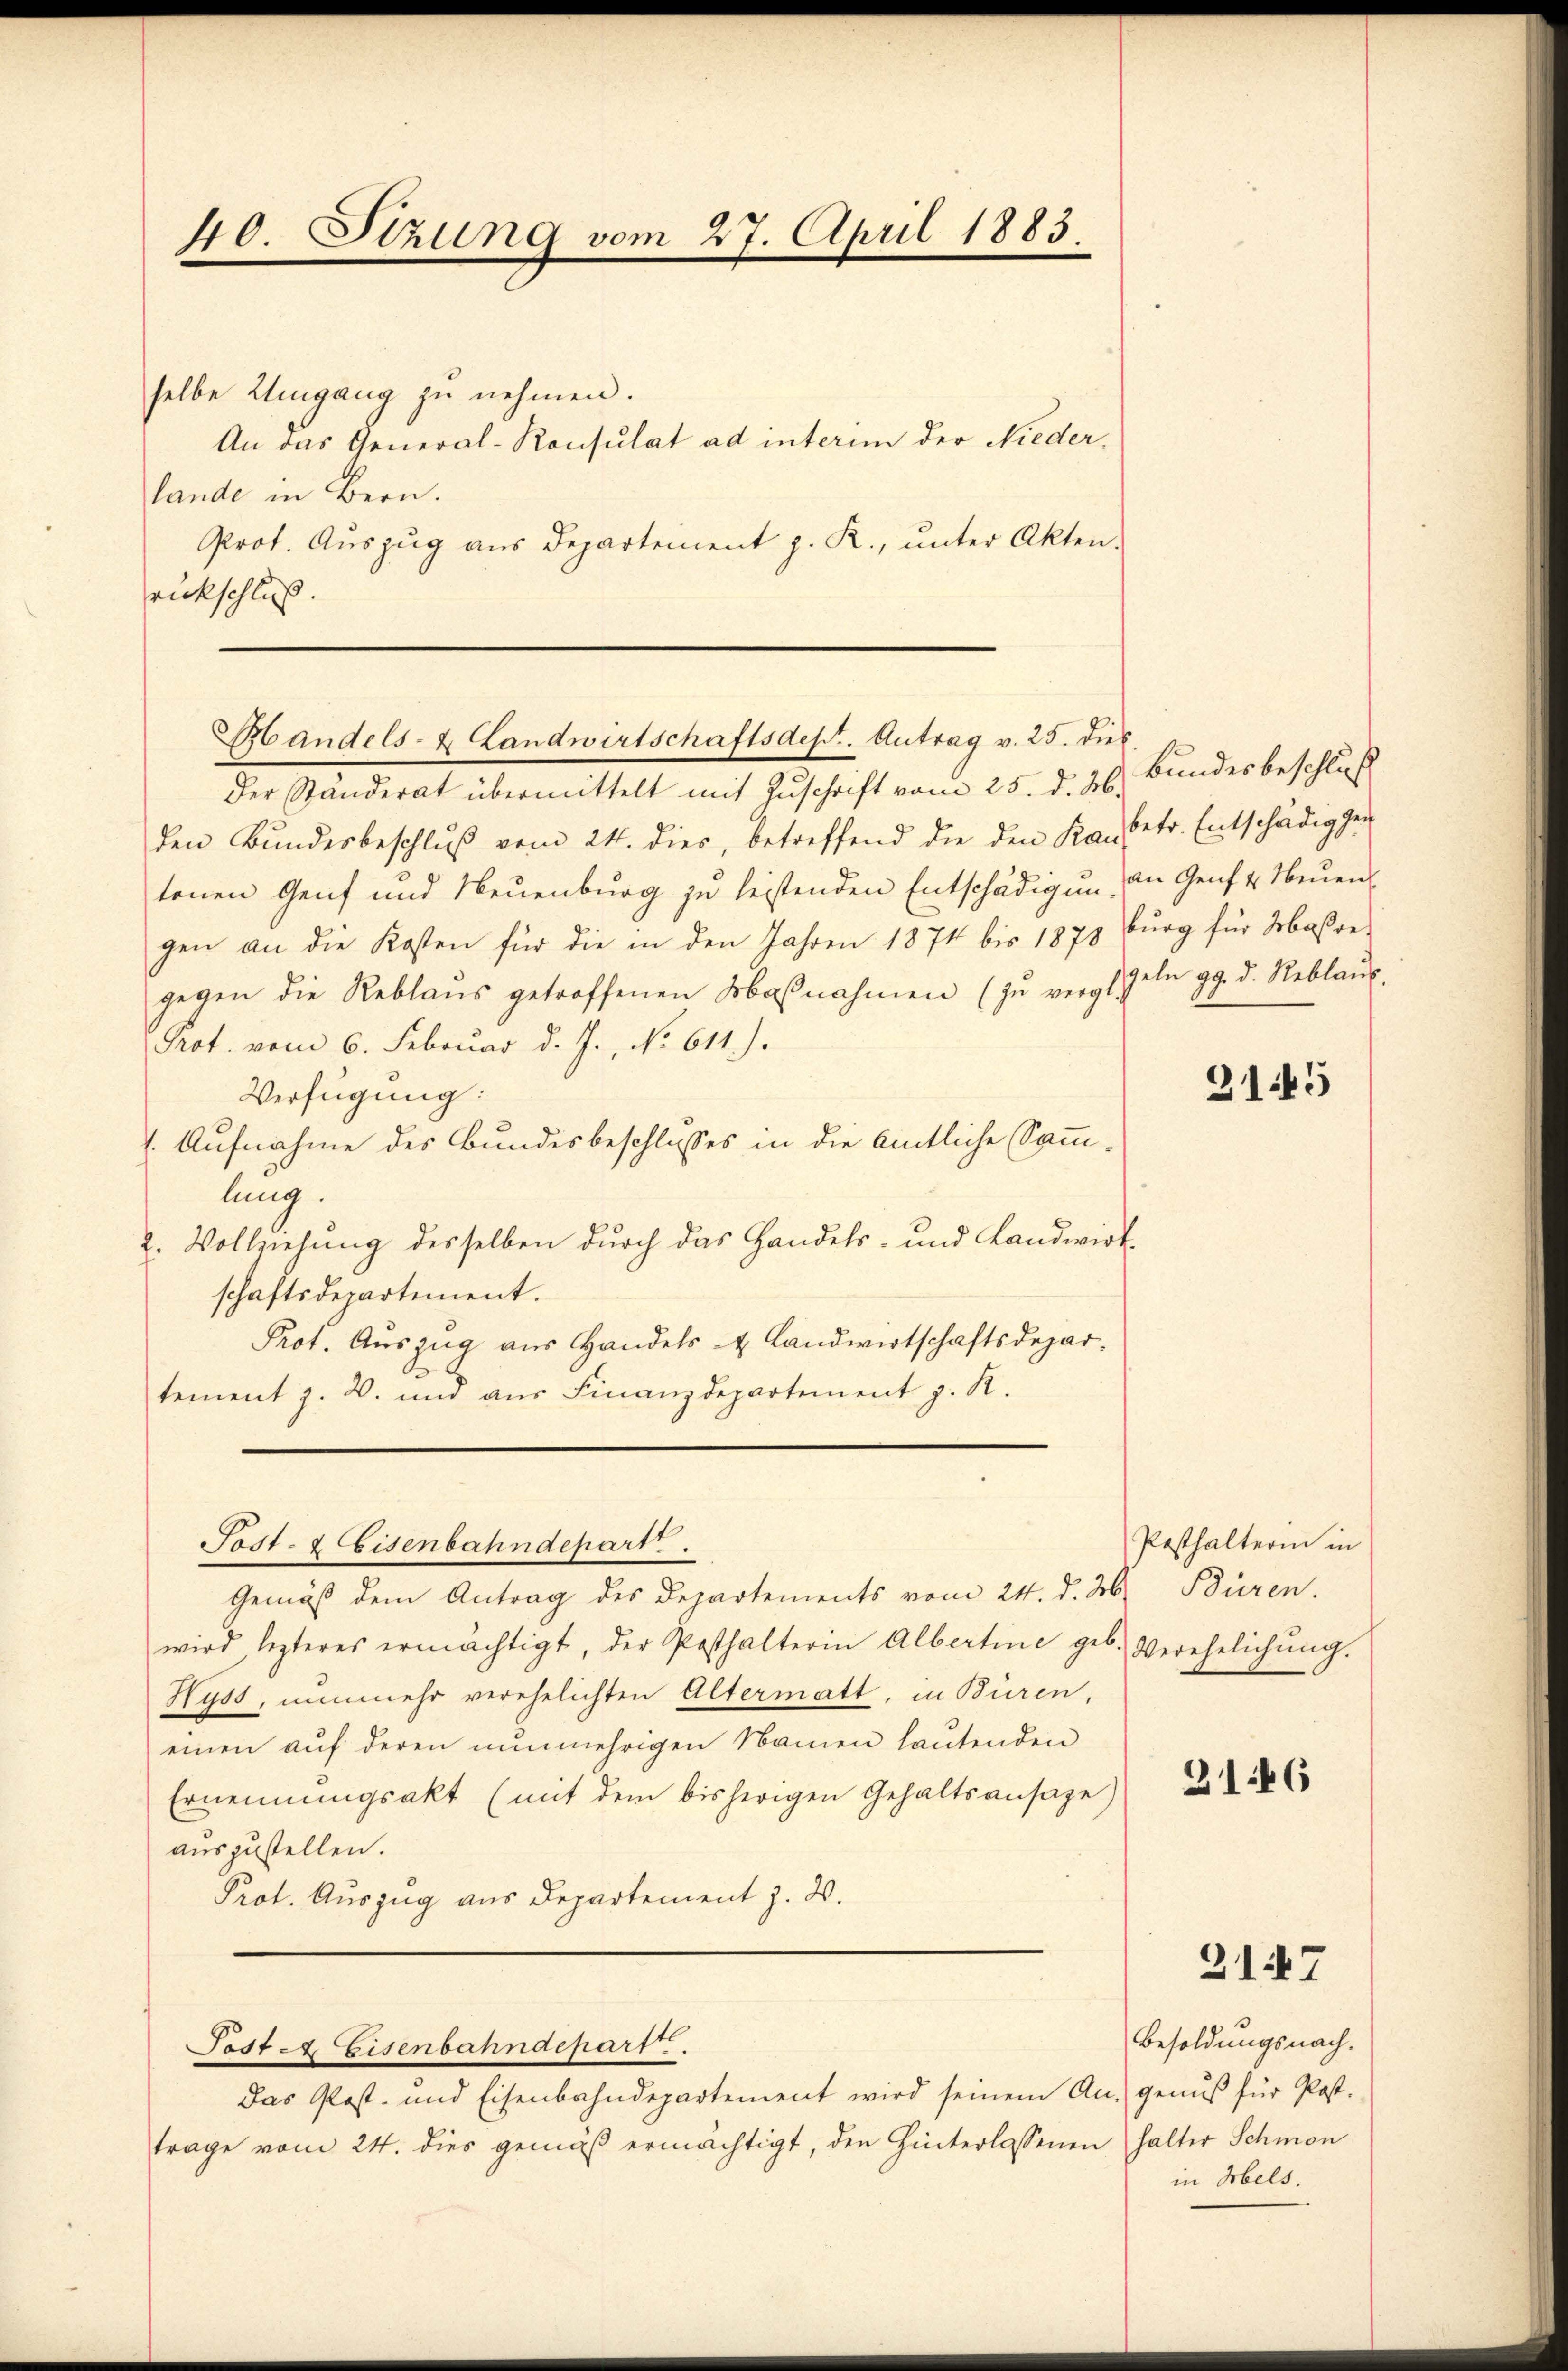
selbe Umgang zu nehmen.
An das General-Konsulat ad interim der Niederlande in Bern.
Prot. Auszug aus Departement z. R., unter Akten.
rückschluß.

der Ständerat übermittelt mit Zuschrift vom 25. d. 26. Bundesbeschluß
den Bŭndesbeschlŭβ vom 24. dies, betreffend die den Kan betr. Entschädigen
tenen Genf und Neuenburg zu leistenden Entschädigung an Genf u. Neuengen an die Kosten für die in den Jahren 1874 bis 1878
gegen die Reblaŭs getroffenen Maßnahmen (zu vergl.
Prot. vom 6. Februar d. J., No 611.).
Verfügung:
Aufnahme des Bundesbeschlusses in die amtliche Sammlung.
2. Vollziehung desselben durch das Handels- und Landwirt-
schaftsdepartement.
Prot. Auszug aus Handels & Landwirtschaftsdepartement z. B. und aŭs Finanzdepartement z. R.

40. Setzung vom 27. April 1883.

Bandels- & Landwirtschaftsdest. Antrag v. 25. dies

Post- & Eisenbahndepart.

Gemäß dem Antrag des Departements vom 24. d. 26.
wird, lezteres ermächtigt, der Posthalterin Albertine geb. Verehelichŭng.
Hyss, nunmehr verehelichten Altermatt, in Büren,
einen auf deren nunmehrigen Namen lautenden
Ernennungsakt (mit dem bisherigen Gehaltsansaze)
auszustellen.
Prot. Auszug aus Departement z. B.

Post 4 Eisenbahndepart.

Das Post- und Eisenbahndepartement wird seinem An- genŭβ für Post-
trage vom 24. dies gemäß ermächtigt, den Hinterlassenen halter Schmon

burg für Maßregeln gg. d. Reblauf.

3145

Posthalterin in
Büren.

2146

2147

Besoldungsnach.
in Mels.